Civil Veterinary Department. United Provinces 1912-22 - 1912-1922
Year: 1912
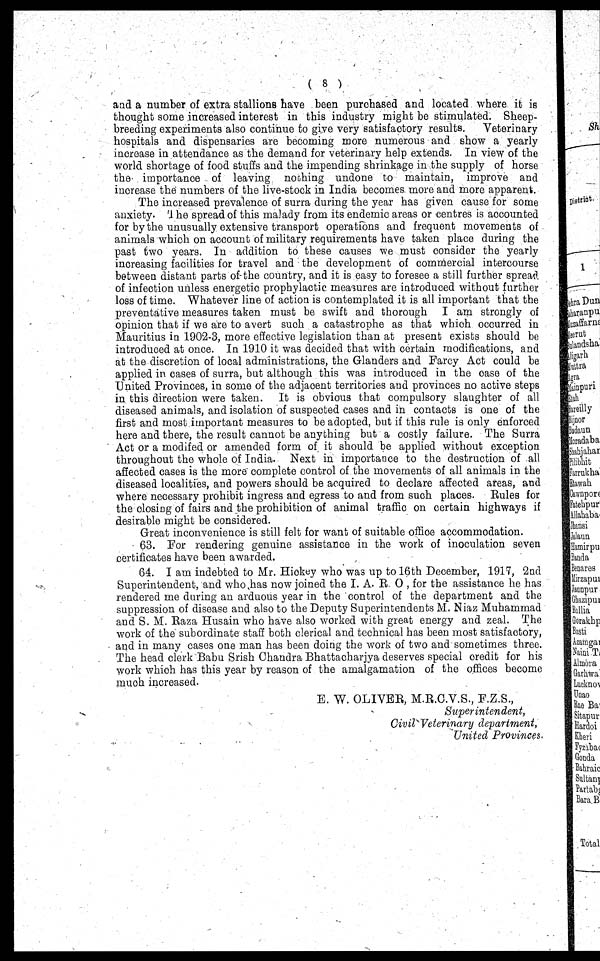
8)
and a number of extra stallions have been purchased and located where it is
thought some increased interest in this industry might be stimulated. Sheep-
breeding experiments also continue to give very satisfactory results.
Veterinary
hospitals and dispensaries are becoming more numerous and show a yearly
increase in attendance as the demand for veterinary help extends. In view of the
world shortage of food stuffs and the impending shrinkage in the supply of horse
the importance of leaving nothing undone to maintain, improve and
increase the numbers of the live-stock in India becomes more and more apparent.
The increased prevalence of surra during the year has given cause for some
anxiety. The spread of this malady from its endemic areas or centres is accounted
for by the unusually extensive transport operations and frequent movements of
animals which on account of military requirements have taken place during the
past two years. In addition to these causes we must consider the yearly
increasing facilities for travel and the development of commercial intercourse
between distant parts of the country, and it is easy to foresee a still further spread
of infection unless energetic prophylactic measures are introduced without further
loss of time. Whatever line of action is contemplated it is all important that the
preventative measures taken must be swift and thorough I am strongly of
opinion that if we are to avert such a catastrophe as that which occurred in
Mauritius in 1902-3, more effective legislation than at present exists should be
introduced at once. In 1910 it was decided that with certain modifications, and
at the discretion of local administrations, the Glanders and Farcy Act could be
applied in cases of surra, but although this was introduced in the case of the
United Provinces, in some of the adjacent territories and provinces no active steps
in this direction were taken. It is obvious that compulsory slaughter of all
diseased animals, and isolation of suspected cases and in contacts is one of the
first and most important measures to be adopted, but if this rule is only enforced
here and there, the result cannot be anything but a costly failure. The Surra
Act or a modifed or amended form of it should be applied without exception
throughout the whole of India. Next in importance to the destruction of all
affected cases is the more complete control of the movements of all animals in the
diseased localities, and powers should be acquired to declare affected areas, and
where necessary prohibit ingress and egress to and from such places. Rules for
the closing of fairs and the prohibition of animal traffic on certain highways if
desirable might be considered.
Great inconvenience is still felt for want of suitable office accommodation.
63. For rendering genuine assistance in the work of inoculation seven
certificates have been awarded.
64. I am indebted to Mr. Hickey who was up to 16th December, 1917, 2nd
Superintendent, and who has now joined the I. A. R. O , for the assistance he has
rendered me daring an arduous year in the control of the department and the
suppression of disease and also to the Deputy Superintendents M. Niaz Muhammad
and S. M. Raza Husain who have also worked with great energy and zeal. The
work of the subordinate staff both clerical and technical has been most satisfactory,
and in many cases one man has been doing the work of two and sometimes three.
The head clerk Babu Srish Chandra Bhattacharjya deserves special credit for his
work which has this year by reason of the amalgamation of the offices become
much increased.
E. W. OLIVER, M.R.C.V.S., F.Z.S.,
Superintendent,
Civil Veterinary department,
United Provinces.